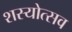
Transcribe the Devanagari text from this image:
शस्योत्सव